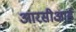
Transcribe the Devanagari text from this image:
आरसीआई